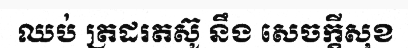
ឈប់ ត្រដរតស៊ូ នឹង សេចក្តីសុខ